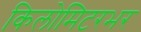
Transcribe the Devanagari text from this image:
किलोमिटरभर